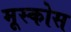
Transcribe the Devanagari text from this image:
मूस्कोस